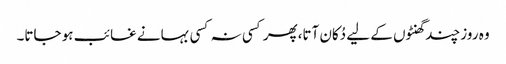
وہ روز چند گھنٹوں کے لیے دُکان آتا،پھر کسی نہ کسی بہانے غائب ہو جاتا۔